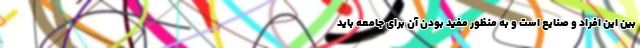
بین این افراد و صنایع است و به منظور مفید بودن آن برای جامعه باید